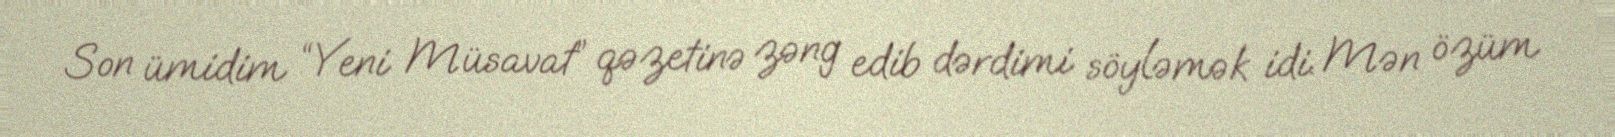
Son ümidim “Yeni Müsavat” qəzetinə zəng edib dərdimi söyləmək idi. Mən özüm